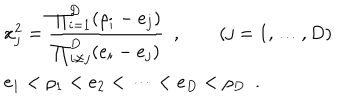
LaTeX: \begin{array} { l } { { \displaystyle x _ { j } ^ { 2 } = \frac { \prod _ { i = 1 } ^ { D } ( \rho _ { i } - e _ { j } ) } { \prod _ { i \not = j } ^ { D } ( e _ { i } - e _ { j } ) } \enspace , \qquad ( j = 1 , \dots , D ) } } \\ { { \displaystyle e _ { 1 } < \rho _ { 1 } < e _ { 2 } < \dots < e _ { D } < \rho _ { D } \enspace . } } \\ \end{array}